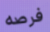
فرصه